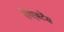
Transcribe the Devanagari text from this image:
रीएक्टेंस